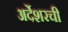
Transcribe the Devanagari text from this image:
अर्देशरची